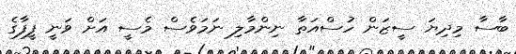
ބާސާ މިދިޔަ ސީޒަން ހުސްއަތާ ނިންމާލި ނަމަވެސް މެސީ އަށް ވަނީ ފީފާގެ